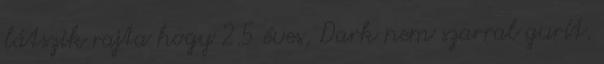
látszik rajta hogy 2.5 éves, Dark nem szarral gurít.